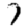
Digit: 7